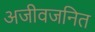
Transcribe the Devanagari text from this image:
अजीवजनित